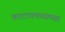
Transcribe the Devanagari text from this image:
काटाचमच्याच्या